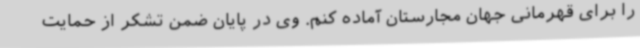
را برای قهرمانی جهان مجارستان آماده کنم. وی در پایان ضمن تشکر از حمایت